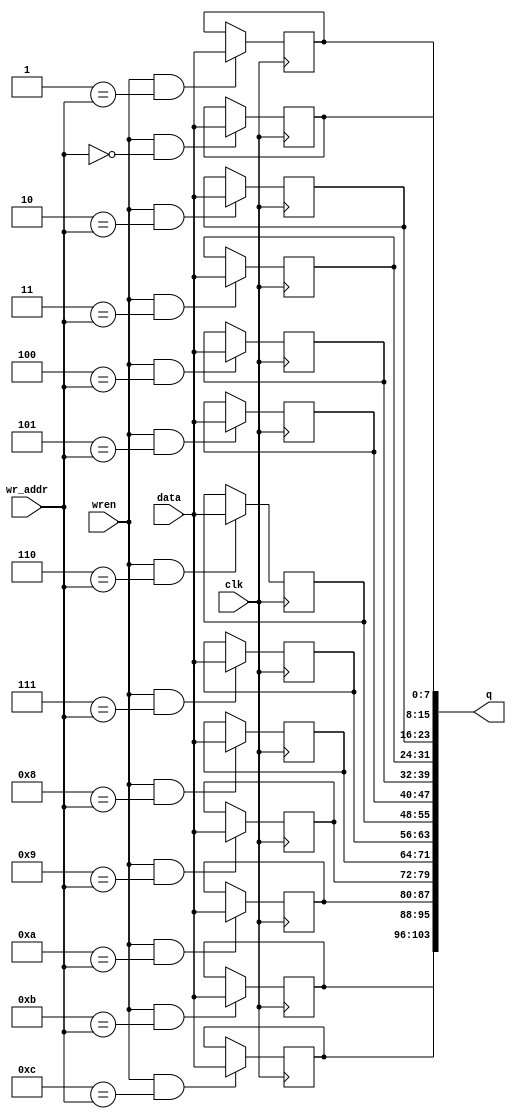
module reg_file_be
#(parameter DATA_WIDTH=13, ADDR_WIDTH=5)
(
	input clk,
	input [7:0] data,
	input [ADDR_WIDTH-1:0] wr_addr,
	input wren,
	output [DATA_WIDTH*8-1:0] q
);


genvar i;
generate
for(i = 0; i <  DATA_WIDTH; i = i + 1) begin
	reg [7:0] reg_file_i;

	always @ (posedge clk)
		if (wren && i == wr_addr)
			 reg_file_i <= data;
			 
	assign q[7+i*8-:8] = reg_file_i;
end

endgenerate
			


	
endmodule